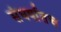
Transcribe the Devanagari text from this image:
संघर्षातच